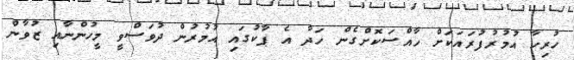
ހުރިހާ އުމުރުފުރައަކަށް ހާއްސަކޮށްގެން ހަދާ އެ ޕާކުގައި އުމުރުން ދުވަސްވީ މީހުންނާއި ޒުވާން